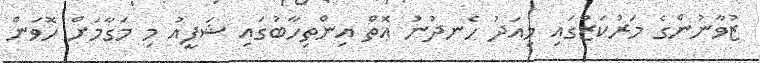
ޒުވާނުންގެ މަރުކަޒުގައި މިއަދު ހެނދުނު އޮތް އިންތިހާބުގައި ޝަފީއު މި މަގާމަށް ހޮވަން